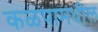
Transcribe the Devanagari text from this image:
कळपामधील